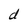
Character: d